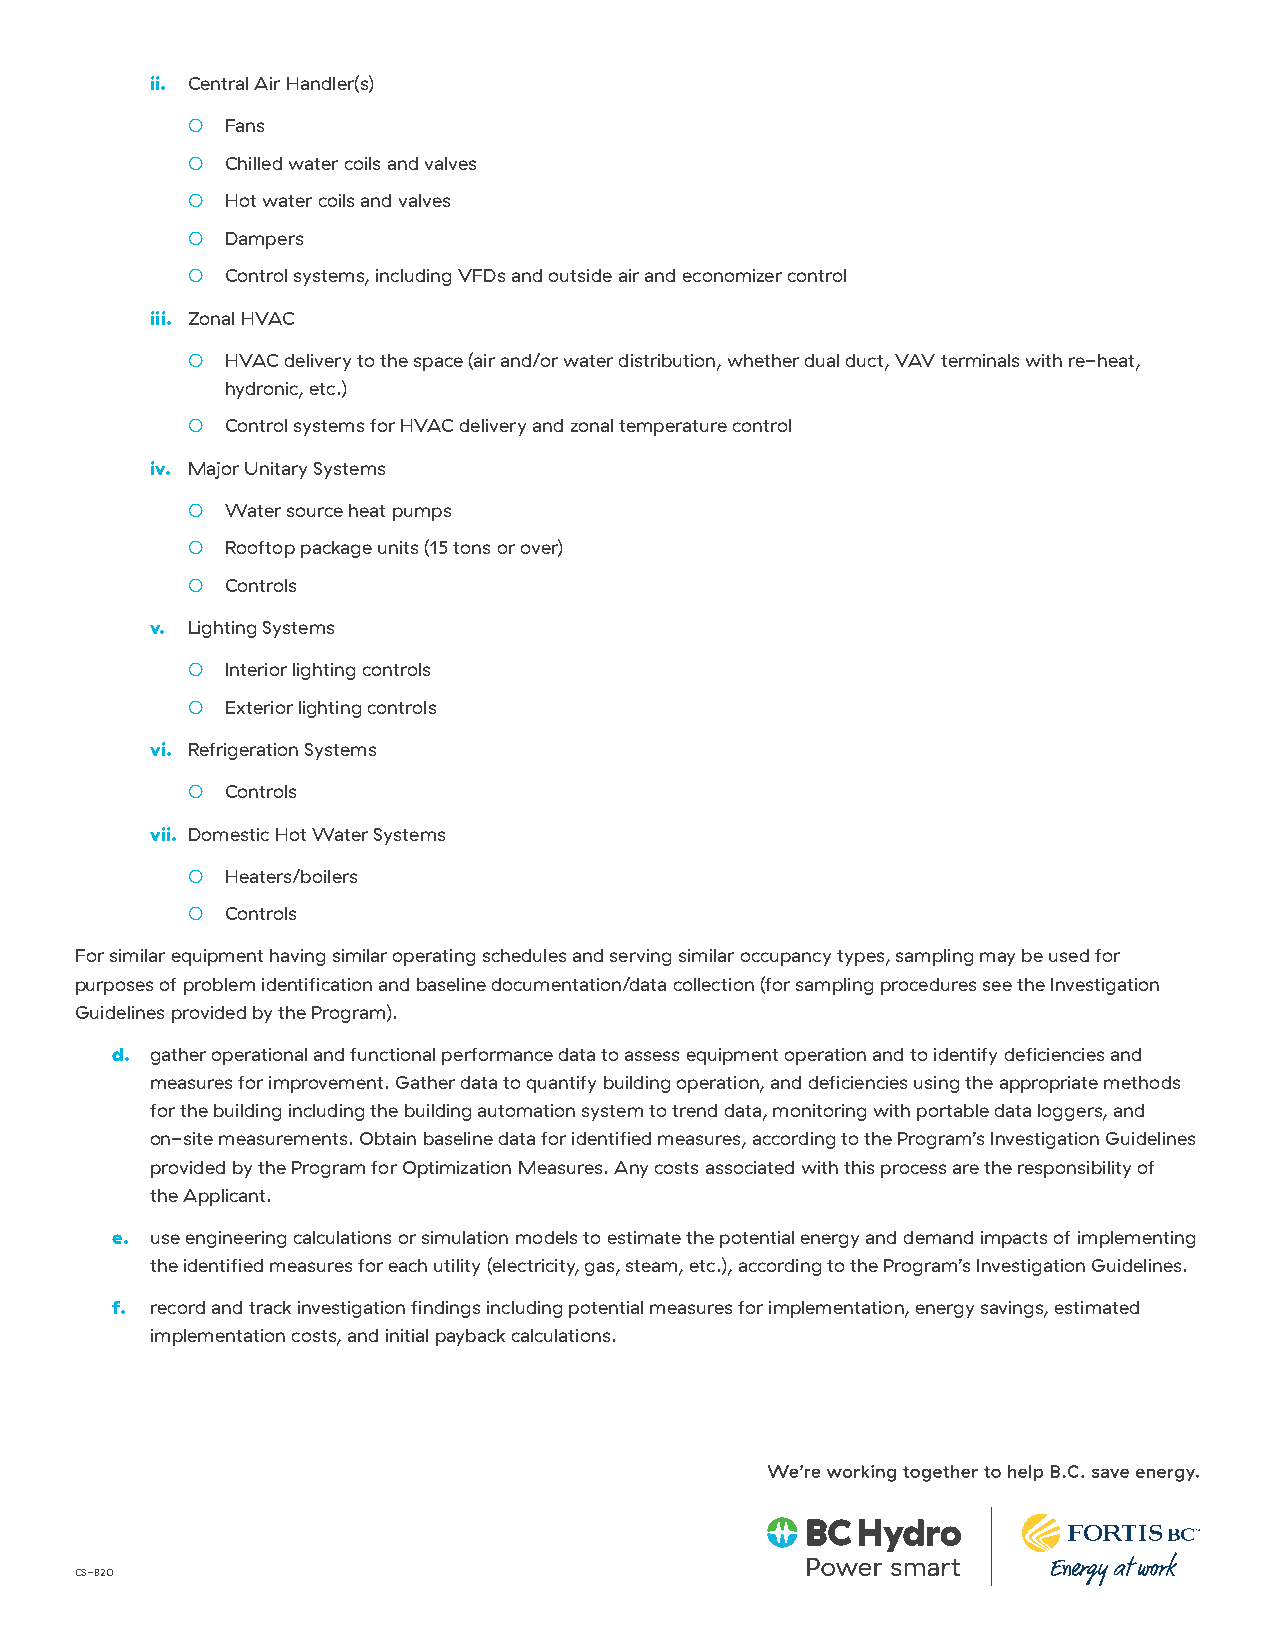
ii. Central Air Handler(s)
 ○  Fans
 ○  Chilled water coils and valves
 ○  Hot water coils and valves
 ○  Dampers
 ○  Control systems, including VFDs and outside air and economizer control
 iii. Zonal HVAC
 ○  HVAC delivery to the space (air and/or water distribution, whether dual duct, VAV terminals with re-heat,
 hydronic, etc.)
 ○  Control systems for HVAC delivery and zonal temperature control
 iv. Major Unitary Systems
 ○  Water source heat pumps
 ○  Rooftop package units (15 tons or over)
 ○  Controls
 v. Lighting Systems
 ○  Interior lighting controls
 ○  Exterior lighting controls
 vi. Refrigeration Systems
 ○  Controls
 vii. Domestic Hot Water Systems
 ○  H eaters/boilers
 ○  Controls
 For similar equipment having similar operating schedules and serving similar occupancy types, sampling may be used for
 purposes of problem identification and baseline documentation/data collection (for sampling procedures see the Investigation
 Guidelines provided by the Program).
 d. gather operational and functional performance data to assess equipment operation and to identify deficiencies and
 measures for improvement. Gather data to quantify building operation, and deficiencies using the appropriate methods
 for the building including the building automation system to trend data, monitoring with portable data loggers, and
 on-site measurements. Obtain baseline data for identified measures, according to the Program’s Investigation Guidelines
 provided by the Program for Optimization Measures. Any costs associated with this process are the responsibility of
 the Applicant.
 e. u se engineering calculations or simulation models to estimate the potential energy and demand impacts of implementing
 the identified measures for each utility (electricity, gas, steam, etc.), according to the Program’s Investigation Guidelines.
 f. r ecord and track investigation findings including potential measures for implementation, energy savings, estimated
 implementation costs, and initial payback calculations.
 CS-820